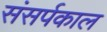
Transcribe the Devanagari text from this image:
संसर्पकाल